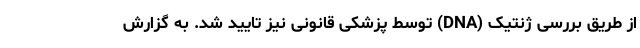
از طریق بررسی ژنتیک (DNA) توسط پزشکی قانونی نیز تایید شد. به گزارش